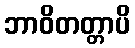
ဘာဝိတတ္တာပိ